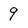
Character: 9